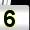
Digit: 5